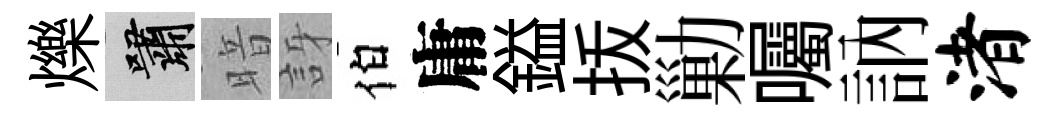
爍嘯暗訝伯庸鎰㧞勦囑訥渚